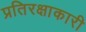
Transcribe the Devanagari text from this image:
प्रतिरक्षाकारी